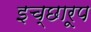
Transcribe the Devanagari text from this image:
इच्छारूप